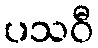
ပသဝီ